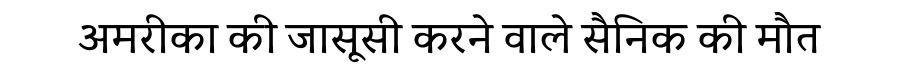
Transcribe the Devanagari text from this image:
अमरीका की जासूसी करने वाले सैनिक की मौत